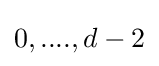
0,....,d-2